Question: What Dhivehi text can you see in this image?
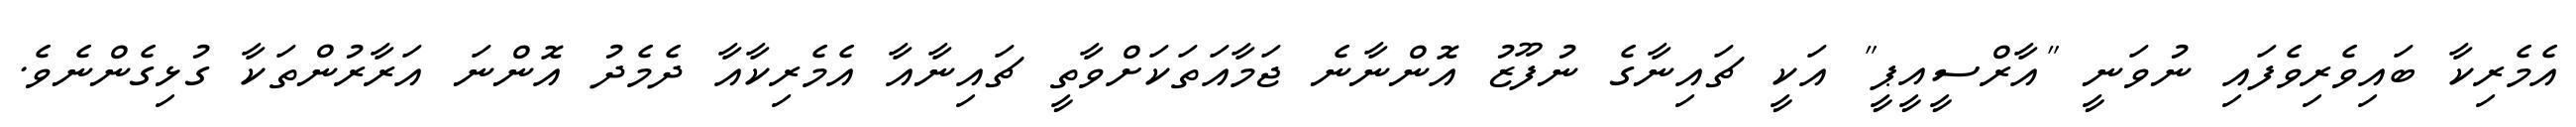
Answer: އެމެރިކާ ބައިވެރިވެފައި ނުވަނީ "އާރްސީއީޕީ" އަކީ ޗައިނާގެ ނުފޫޒު އޮންނާނެ ޖަމާއަތަކަށްވާތީ ޗައިނާއާ އެމެރިކާއާ ދެމެދު އޮންނަ އަރާރުންތަކާ ގުޅިގެންނެވެ.